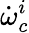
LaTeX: \dot{\omega}_{c}^{i}